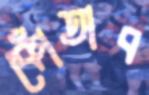
কোঁতাব